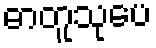
ဓာတူသုပေ